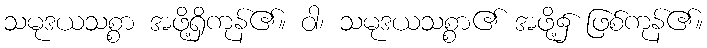
သမုဒယသစ္စာ အဖို့ရှိကုန်၏။ ဝါ၊ သမုဒယသစ္စာ၏ အဖို့၌ ဖြစ်ကုန်၏။